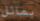
يماثل